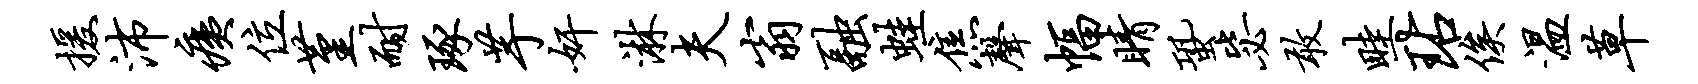
援沛痍位堇耐琢芋奸淋夫翁融蛙焦声幅睛蛩毖敢畦玷俟温草